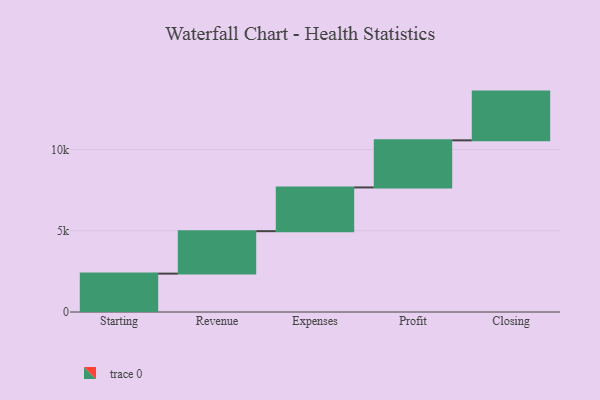
{"axis": {"x": "Step", "y": "Value"}, "legend": [""], "data": [{"x": "Starting", "y": 2363.0, "type": ""}, {"x": "Revenue", "y": 2612.0, "type": ""}, {"x": "Expenses", "y": 2693.0, "type": ""}, {"x": "Profit", "y": 2900.0, "type": ""}, {"x": "Closing", "y": 3000, "type": ""}]}